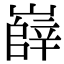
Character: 嶭